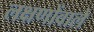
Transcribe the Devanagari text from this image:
लक्षणोंवाले